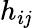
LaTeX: h_{i\mathit{j}}